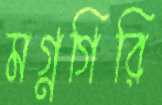
মগ্নগিরি